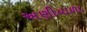
અણીયાળા